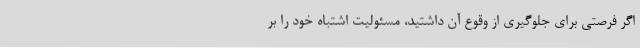
اگر فرصتی برای جلوگیری از وقوع آن داشتید، مسئولیت اشتباه خود را بر